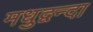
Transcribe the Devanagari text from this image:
मधुद्वन्दा